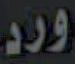
ورد